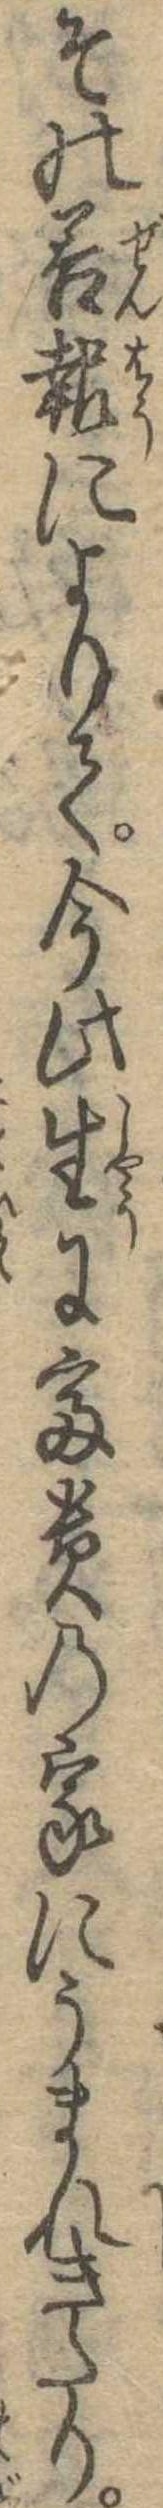
その善報によりて今此生に富貴の家にうまれきたり